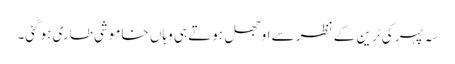
سہ پہر کی ٹرین کے نظر سے اوجھل ہوتے ہی وہاں خاموشی طاری ہوگئی۔